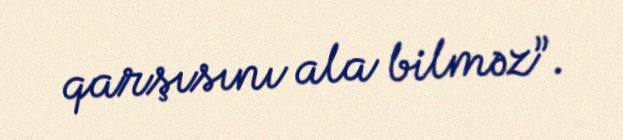
qarşısını ala bilməz”.